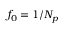
f _ { 0 } = 1 / N _ { p }